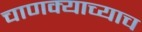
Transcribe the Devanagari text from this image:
चाणक्याच्याच